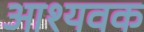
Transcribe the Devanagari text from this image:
आश्यवक